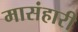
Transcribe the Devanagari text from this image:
मासंहारी